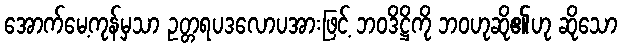
အောက်မေ့ကုန်မှသာ ဥတ္တရပဒလောပအားဖြင့် ဘဝဒိဋ္ဌိကို ဘဝဟုဆို၏ဟု ဆိုသော